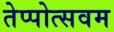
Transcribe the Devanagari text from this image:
तेप्पोत्सवम